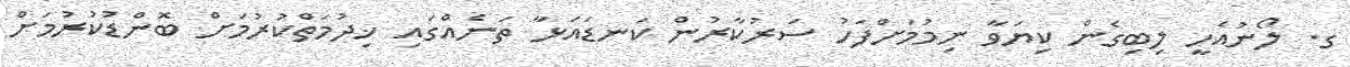
ގ. ލޯނުއެހީ ލިބިގެން ކިޔަވާ ނިމުމަށްފަހު ސަރުކާރުން ކަނޑައަޅާ ތަނެއްގައި ޚިދުމަތްކުރުމަށް ބޮންޑުކުރުމަށް